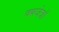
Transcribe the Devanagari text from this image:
क्श्जेत्रों